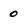
Character: 0